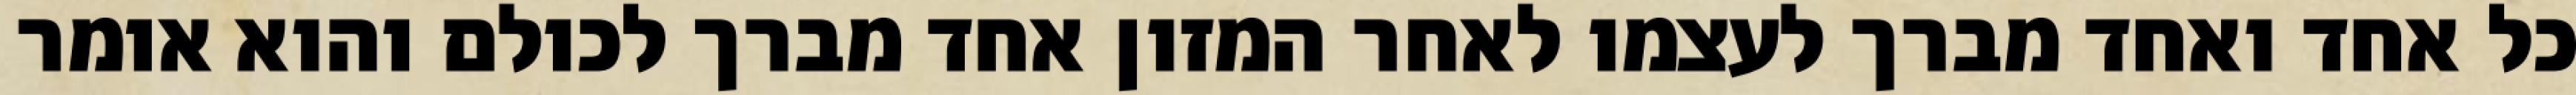
כל אחד ואחד מברך לעצמו לאחר המזון אחד מברך לכולם והוא אומר